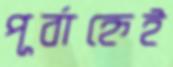
পূর্বাহ্নেই